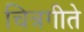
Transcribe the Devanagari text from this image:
चित्रगीते